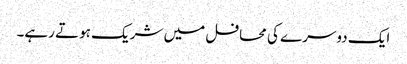
ایک دوسرے کی محافل میں شریک ہوتے رہے۔